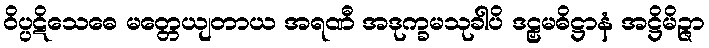
ဝိပ္ပဋိသေဓေ မတ္တေယျတာယ အရဏီ အဒုက္ခမသုခါပိ ဒဠှမဓိဋ္ဌာနံ အဋ္ဌိမိဉ္ဇာ